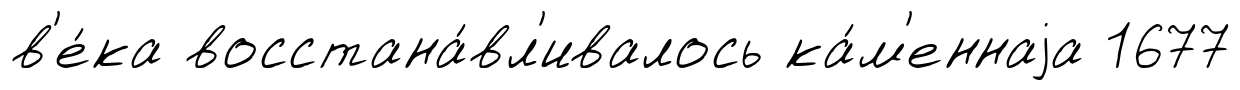
в'е́ка восстана́вл'ивалось ка́м'еннаjа 1677